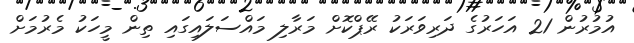
އުމުރުން 21 އަހަރުގެ ދަރިވަރަކު ރޭޕްކޮށް މަރާލި މައްސަލައިގައި ތިން މީހަކު މެރުމަށް